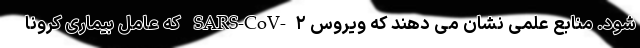
شود. منابع علمی نشان می دهند که ویروس SARS-CoV-۲ که عامل بیماری کرونا